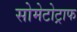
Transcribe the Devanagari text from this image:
सोमेटोट्राफ